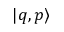
| q , p \rangle